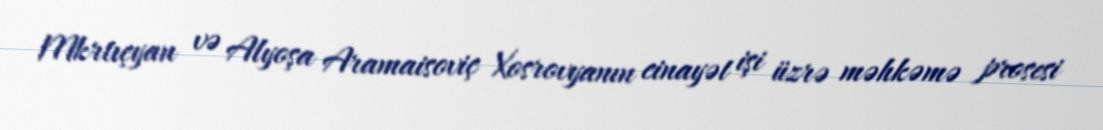
Mkrtıçyan və Alyoşa Aramaisoviç Xosrovyanın cinayət işi üzrə məhkəmə prosesi